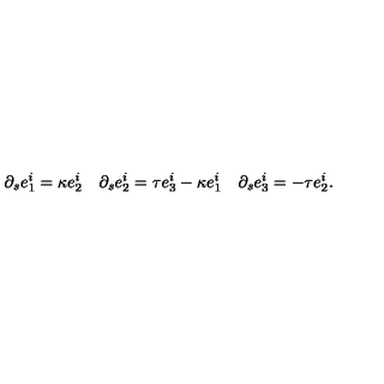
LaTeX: \partial _ { s } e _ { 1 } ^ { i } = \kappa e _ { 2 } ^ { i } \quad \partial _ { s } e _ { 2 } ^ { i } = \tau e _ { 3 } ^ { i } - \kappa e _ { 1 } ^ { i } \quad \partial _ { s } e _ { 3 } ^ { i } = - \tau e _ { 2 } ^ { i } .